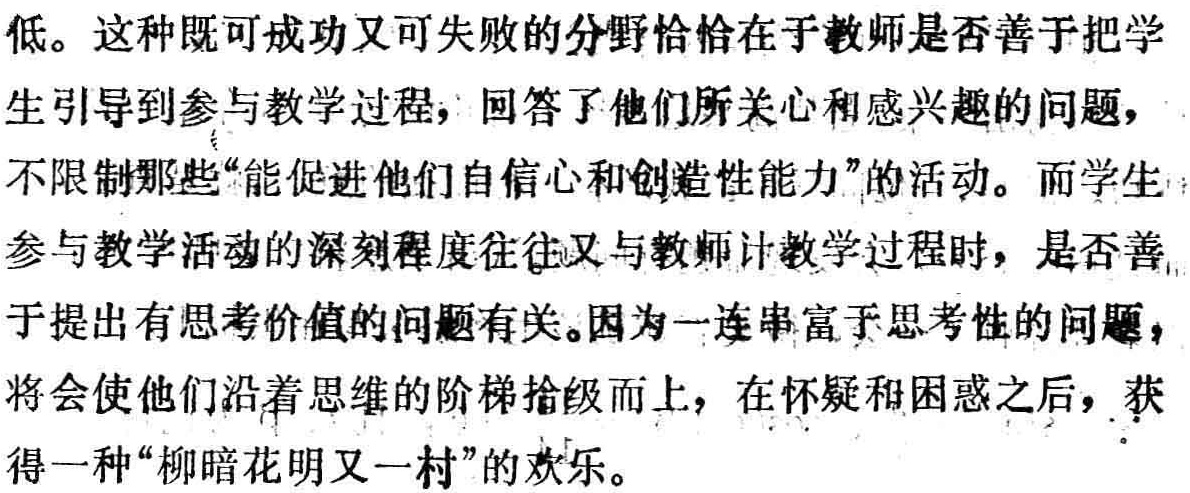
低。这种既可成功又可失败的分野恰恰在于教师是否善于把学生引导到参与教学过程，回答了他们所关心和感兴趣的问题，不限制那些“能促进他们自信心和创造性能力”的活动。而学生参与教学活动的深刻程度往往又与教师计教学过程时，是否善于提出有思考价值的问题有关。因为一连串富于思考性的问题，将会使他们沿着思维的阶梯拾级而上，在怀疑和困惑之后，获得一种“柳暗花明又一村”的欢乐。